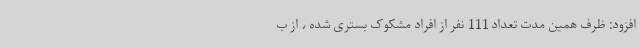
افزود: ظرف همین مدت تعداد 111 نفر از افراد مشکوک بستری شده ، از ب